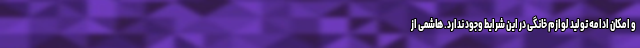
و امکان ادامه تولید لوازم خانگی در این شرایط وجود ندارد. هاشمی از